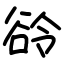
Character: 𬤲